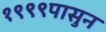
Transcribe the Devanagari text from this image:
१९९९पासुन